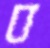
ব